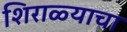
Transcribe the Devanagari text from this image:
शिराळ्याचा